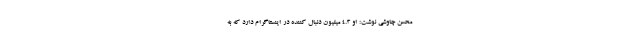
محسن چاوشی نوشت: او ۴.٣ میلیون دنبال کننده در اینستاگرام دارد که به